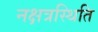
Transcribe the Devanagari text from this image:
नक्षत्रस्थिति